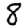
Digit: 8